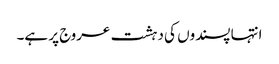
انتہا پسندوں کی دہشت عروج پر ہے۔